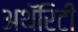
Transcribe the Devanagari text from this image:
अथॅरिटी